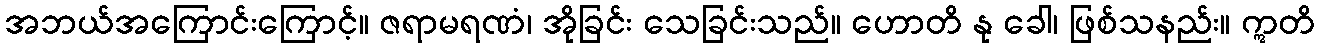
အဘယ်အကြောင်းကြောင့်။ ဇရာမရဏံ၊ အိုခြင်း သေခြင်းသည်။ ဟောတိ နု ခေါ၊ ဖြစ်သနည်း။ ဣတိ